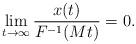
LaTeX: \begin{align*} \lim_{t \to \infty}\frac{x(t)}{F^{-1}(Mt)} = 0.\end{align*}